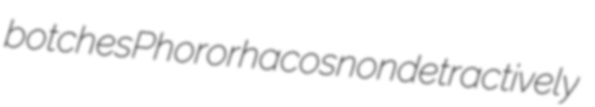
botches Phororhacos nondetractively